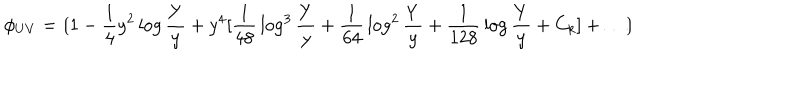
\phi _ { U V } = \lgroup 1 - { \frac { 1 } { 4 } } y ^ { 2 } \log { \frac { Y } { y } } + y ^ { 4 } [ { \frac { 1 } { 4 8 } } \log ^ { 3 } { \frac { Y } { y } } + { \frac { 1 } { 6 4 } } \log ^ { 2 } { \frac { Y } { y } } + { \frac { 1 } { 1 2 8 } } \log { \frac { Y } { y } } + C _ { k } ] + \ldots \rgroup